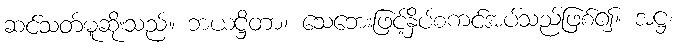
ဆင်သတ်မူဆိုးသည်။ ဘယဋ္ဌိတာ၊ သေဘေးဖြင့်နှိပ်စကင်အပ်သည်ဖြစ်၍။ အဋ္ဌ၊